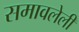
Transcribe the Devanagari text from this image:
समावलेली